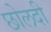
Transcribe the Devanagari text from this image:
छोलदी